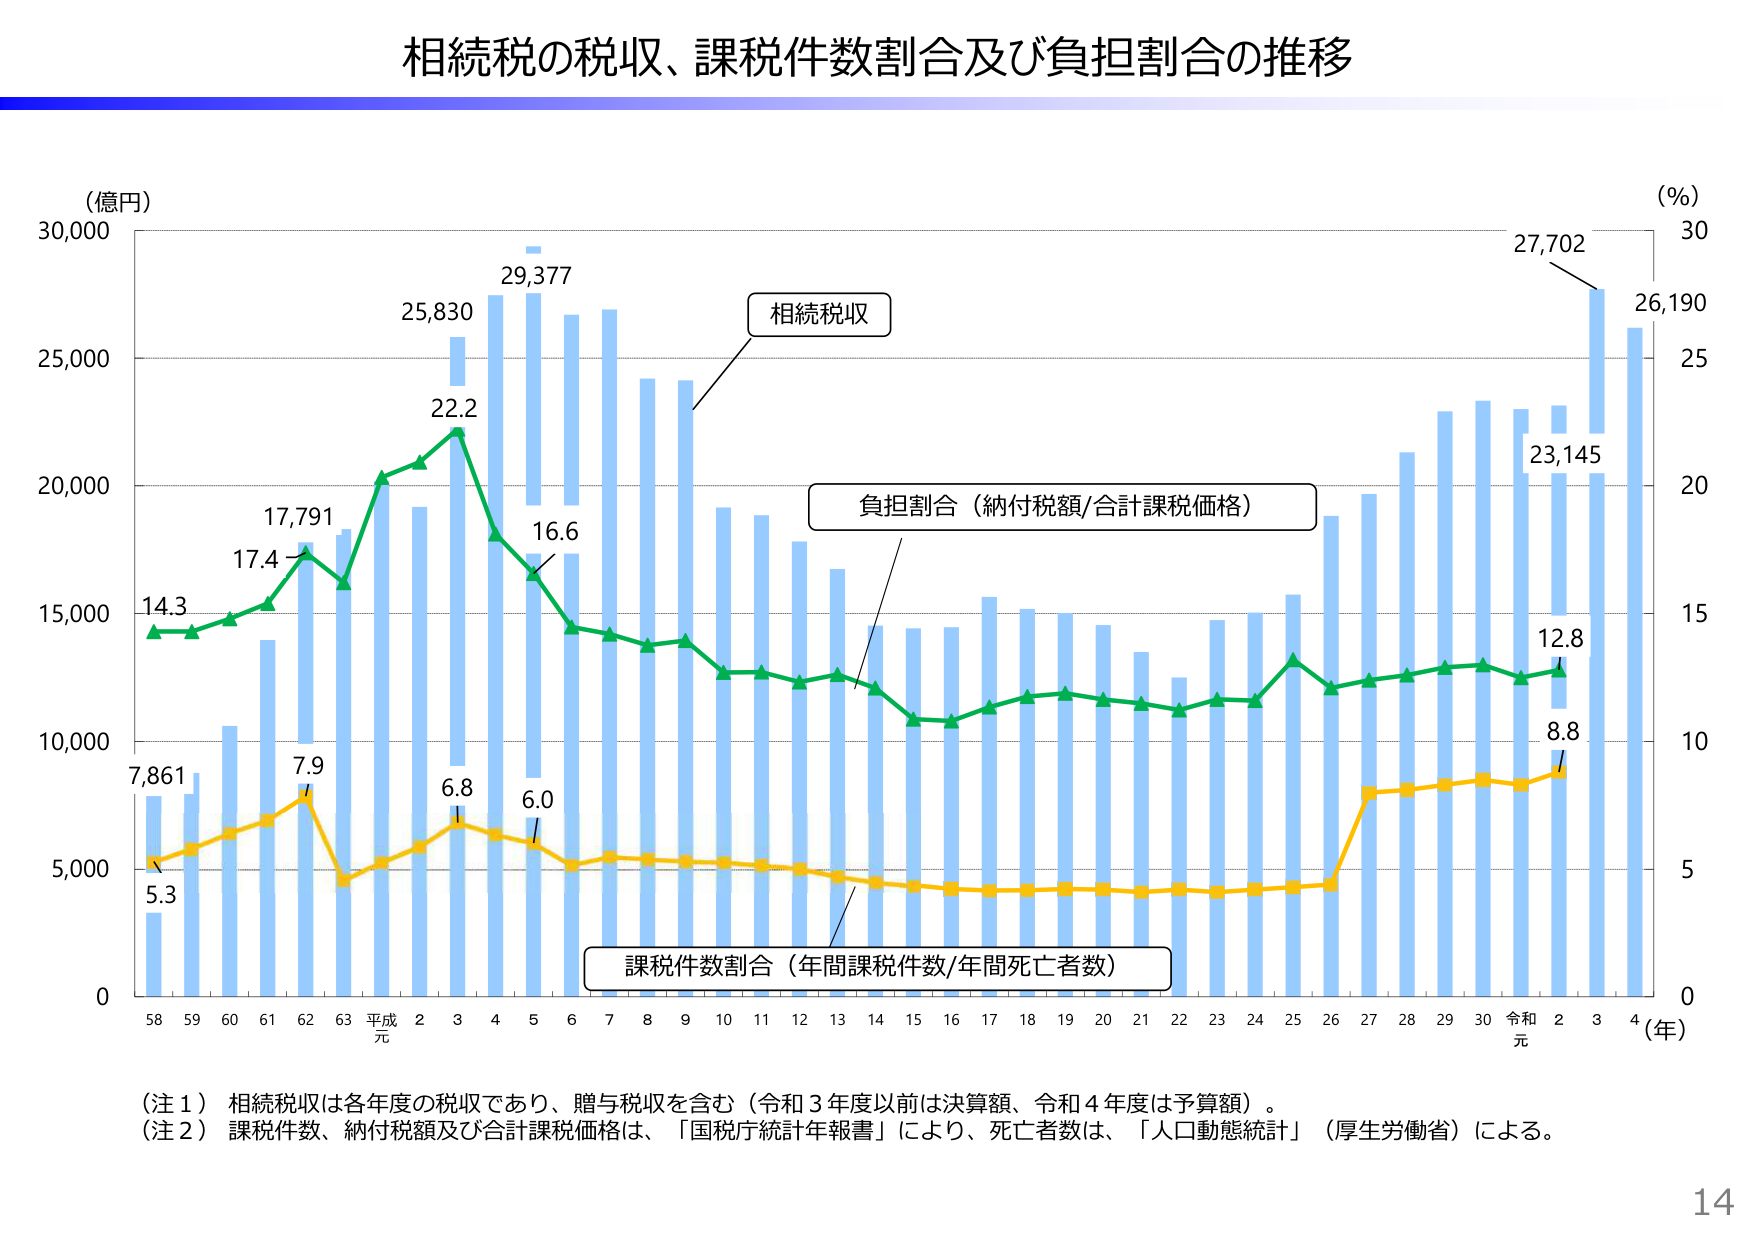
相続税の税収、課税件数割合及び負担割合の推移

（億円）
30,000
25,000
20,000
15,000
10,000
5,000
0

（%）
30
25
20
15
10
5
0

相続税収
負担割合（納付税額/合計課税価格）
課税件数割合（年間課税件数/年間死亡者数）

7,861
5.3
14.3
17.4
17,791
7.9
22.2
25,830
6.8
29,377
16.6
6.0
23,145
12.8
8.8
27,702
26,190

58 59 60 61 62 63 平成元 2 3 4 5 6 7 8 9 10 11 12 13 14 15 16 17 18 19 20 21 22 23 24 25 26 27 28 29 30 令和元 2 3 4 （年）

（注１）相続税収は各年度の税収であり、贈与税収を含む（令和３年度以前は決算額、令和４年度は予算額）。
（注２）課税件数、納付税額及び合計課税価格は、「国税庁統計年報書」により、死亡者数は、「人口動態統計」（厚生労働省）による。

14